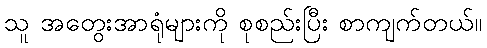
သူ အတွေးအာရုံများကို စုစည်းပြီး စာကျက်တယ်။